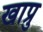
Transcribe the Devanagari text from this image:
खाप्रु